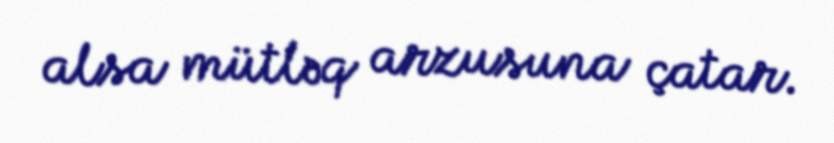
alsa mütləq arzusuna çatar.